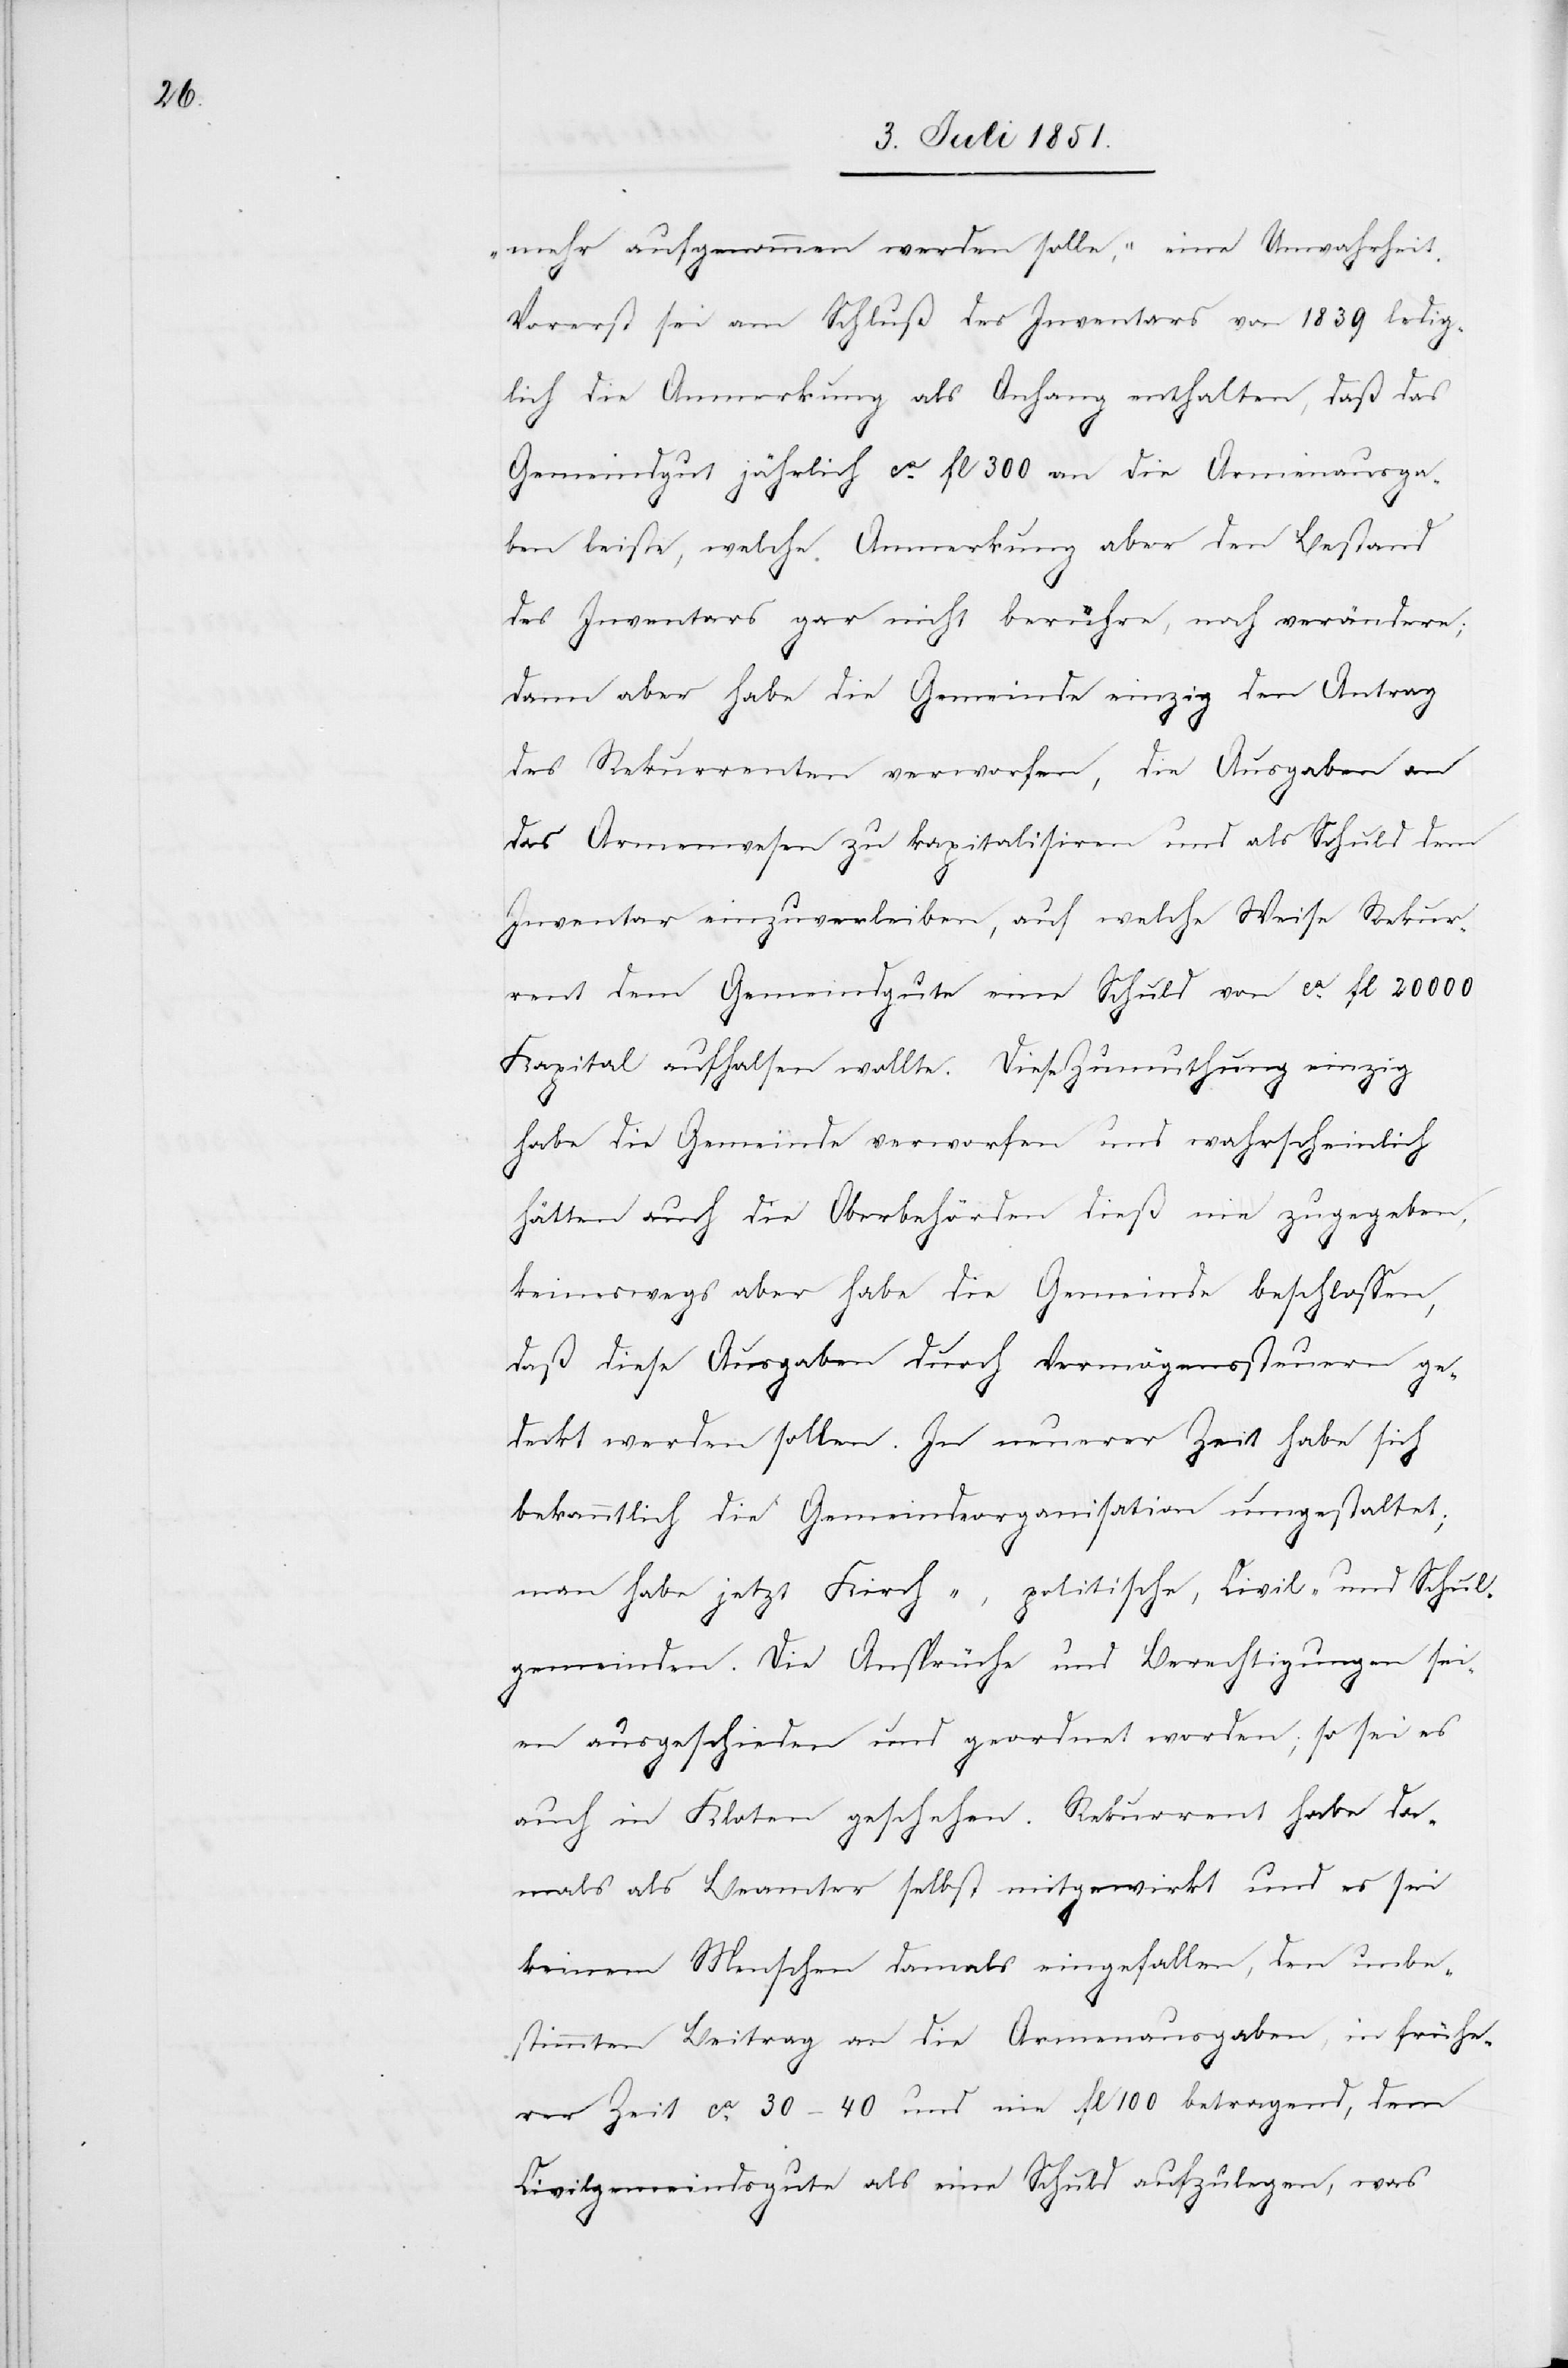
mehr aufgenommen werden solle,“ eine Unwahrheit.
Vorerst sei am Schluß des Inventars von 1839 ledig¬
lich die Anmerkung als Anhang enthalten, daß das
Gemeindgut jährlich ca. fl 300 an die Armenausga¬
ben leiste, welche Anmerkung aber den Bestand
des Inventars gar nicht berühre, noch verändere;
dann aber habe die Gemeinde einzig den Antrag
des Rekurrenten verworfen, die Ausgaben an
das Armenwesen zu kapitalisiren und als Schuld dem
Inventar einzuverleiben, auf welche Weise Rekur¬
rent dem Gemeindgute eine Schuld von ca. fl 20 000
Kapital aufhalsen wollte. Diese Zumuthung einzig
habe die Gemeinde verworfen und wahrscheinlich
hätten auch die Oberbehörden dieß nie zugegeben,
keineswegs aber habe die Gemeinde beschlossen,
daß diese Ausgaben durch Vermögenssteuern ge¬
deckt werden sollen. In neuerer Zeit habe sich
bekanntlich die Gemeindeorganisation umgestaltet;
man habe jetzt Kirch-, politische, Civil- und Schul¬
gemeinden. Die Ansprüche und Berechtigungen sei¬
en ausgeschieden und geordnet worden; so sei es
auch in Kloten geschehen. Rekurrent habe da¬
mals als Beamter selbst mitgewirkt und es sei
keinem Menschen damals eingefallen, den unbe¬
stimmten Beitrag an die Armenausgaben, in frühe¬
rer Zeit ca. 30–40 und nie fl 100 betragend, dem
Civilgemeindsgute als eine Schuld aufzulegen, was